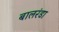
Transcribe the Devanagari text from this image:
बालरंडा